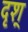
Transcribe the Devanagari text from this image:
दृश्